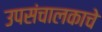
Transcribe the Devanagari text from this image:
उपसंचालकाचे